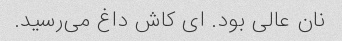
نان عالی بود. ای کاش داغ می‌رسید.